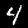
Label: 4